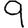
Digit: 9